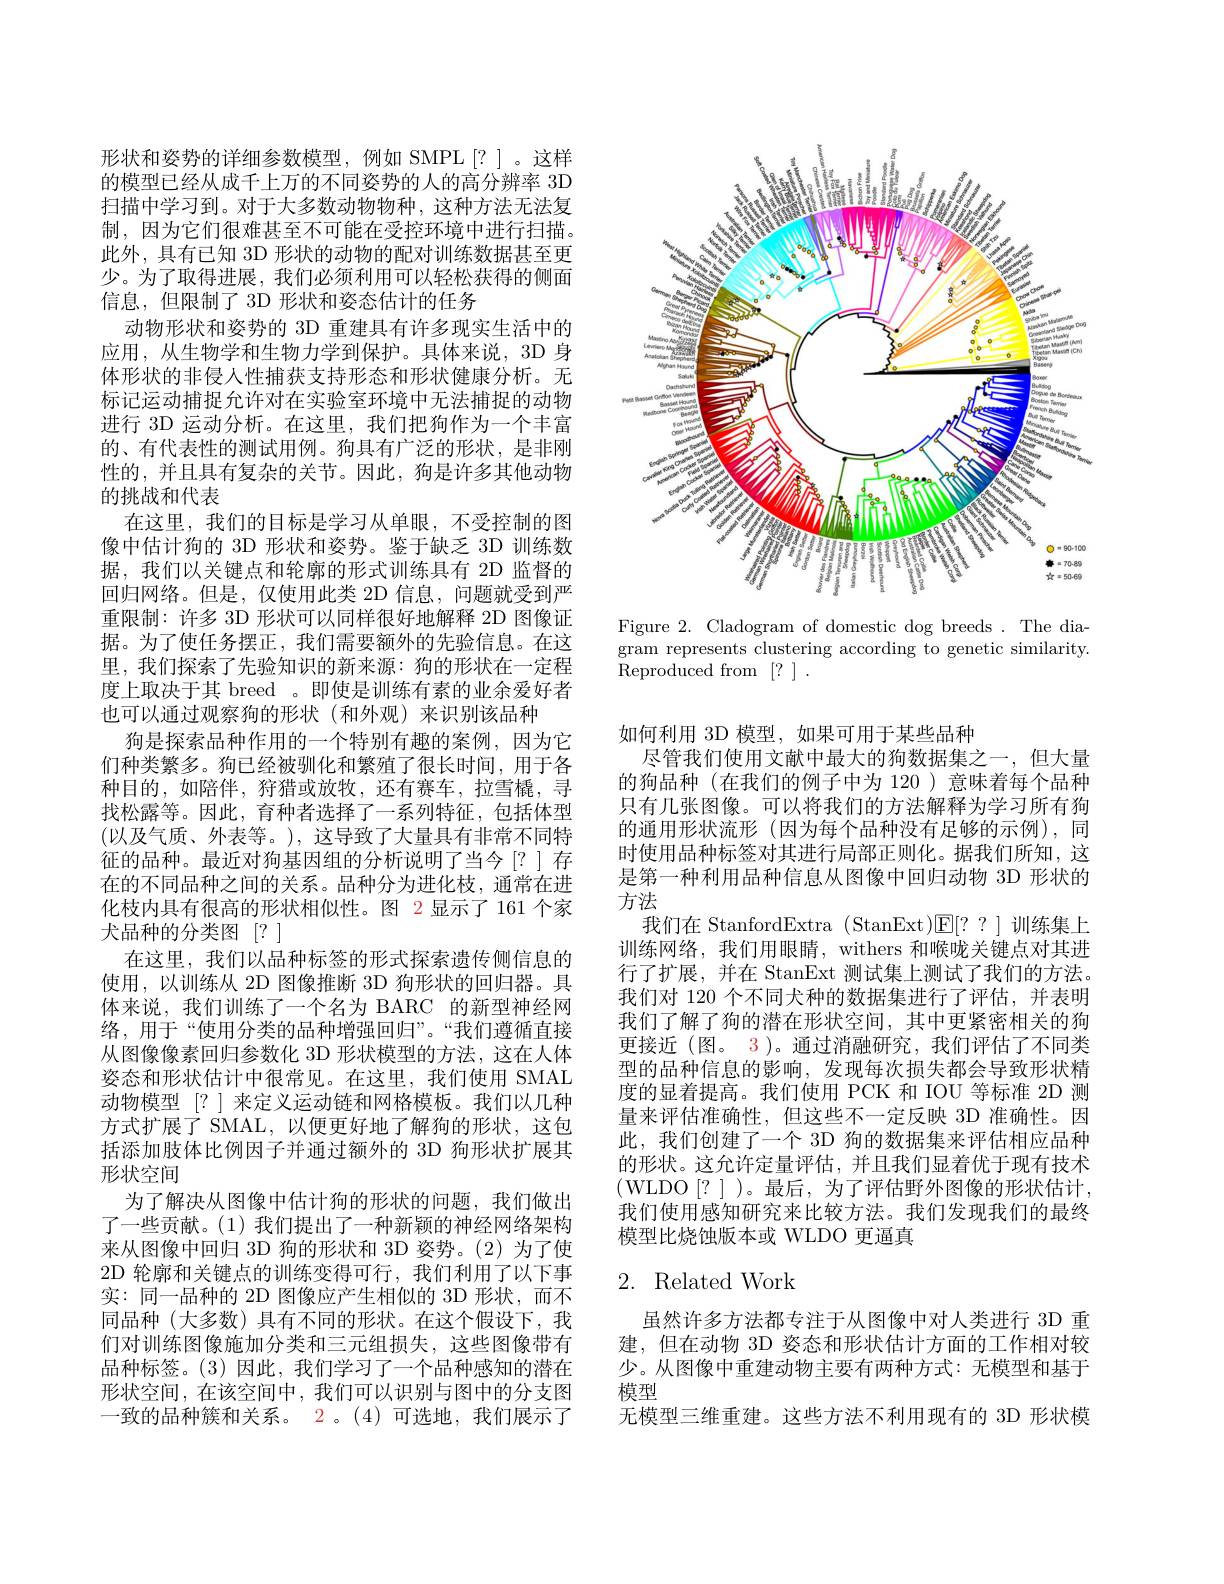
形状和姿势的详细参数模型，例如 SMPL[?]。这样的模型已经从成千上万的不同姿势的人的高分辨率 3D 扫描中学习到。对于大多数动物物种，这种方法无法复制，因为它们很难甚至不可能在受控环境中进行扫描。此外，具有已知 3D 形状的动物的配对训练数据甚至更少。为了取得进展，我们必须利用可以轻松获得的侧面信息，但限制了 3D 形状和姿态估计的任务
动物形状和姿势的 3D 重建具有许多现实生活中的应用，从生物学和生物力学到保护。具体来说，3D 身体形状的非侵人性捕获支持形态和形状健康分析。无标记运动捕捉允许对在实验室环境中无法捕捉的动物进行 3D 运动分析。在这里，我们把狗作为一个丰富的、有代表性的测试用例。狗具有广泛的形状，是非刚性的，并且具有复杂的关节。因此，狗是许多其他动物的挑战和代表
在这里，我们的目标是学习从单眼，不受控制的图像中估计狗的 3D 形状和姿势。鉴于缺乏 3D 训练数据，我们以关键点和轮廓的形式训练具有 2D 监督的回归网络。但是，仅使用此类 2D 信息，问题就受到严重限制：许多 3D 形状可以同样很好地解释 2D 图像证据。为了使任务摆正，我们需要额外的先验信息。在这里，我们探索了先验知识的新来源：狗的形状在一定程度上取决于其 breed 。即使是训练有素的业余爱好者也可以通过观察狗的形状(和外观)来识别该品种
狗是探索品种作用的一个特别有趣的案例，因为它们种类繁多。狗已经被驯化和繁殖了很长时间，用于各种目的，如陪伴，狩猎或放牧，还有赛车，拉雪橇，寻找松露等。因此，育种者选择了一系列特征，包括体型(以及气质、外表等。),这导致了大量具有非常不同特征的品种。最近对狗基因组的分析说明了当今[?]存在的不同品种之间的关系。品种分为进化枝，通常在进化枝内具有很高的形状相似性。图 2 显示了 161 个家犬品种的分类图[?]
在这里，我们以品种标签的形式探索遗传侧信息的使用，以训练从 2D 图像推断 3D 狗形状的回归器。具体来说，我们训练了一个名为 BARC 的新型神经网络，用于“使用分类的品种增强回归”。“我们遵循直接从图像像素回归参数化 3D 形状模型的方法，这在人体姿态和形状估计中很常见。在这里，我们使用 SMAL 动物模型[?] 来定义运动链和网格模板。我们以几种方式扩展了 SMAL, 以便更好地了解狗的形状，这包括添加肢体比例因子并通过额外的 3D 狗形状扩展其形状空间
为了解决从图像中估计狗的形状的问题，我们做出了一些贡献。(1)我们提出了一种新颖的神经网络架构来从图像中回归 3D 狗的形状和 3D 姿势。(2)为了使2D 轮廓和关键点的训练变得可行，我们利用了以下事实：同一品种的 2D 图像应产生相似的 3D 形状，而不同品种(大多数)具有不同的形状。在这个假设下，我们对训练图像施加分类和三元组损失，这些图像带有品种标签。(3)因此，我们学习了一个品种感知的潜在形状空间，在该空间中，我们可以识别与图中的分支图一致的品种簇和关系。2。(4)可选地，我们展示了

<FigureHere>

Figure 2. Cladogram of domestic dog breeds . The diagram represents clustering according to genetic similarity. $\tilde{\mathrm{Reproduced~from~[?~]~.}}$

如何利用 3D 模型，如果可用于某些品种
尽管我们使用文献中最大的狗数据集之一，但大量的狗品种(在我们的例子中为 120 )意味着每个品种只有几张图像。可以将我们的方法解释为学习所有狗的通用形状流形(因为每个品种没有足够的示例),同时使用品种标签对其进行局部正则化。据我们所知，这是第一种利用品种信息从图像中回归动物 3D 形状的方法
我们在 StanfordExtra (StanExt)$\mathsf{E}[??]$训练集上训练网络，我们用眼睛，withers 和喉咙关键点对其进行了扩展，并在 StanExt 测试集上测试了我们的方法。我们对 120 个不同犬种的数据集进行了评估，并表明我们了解了狗的潜在形状空间，其中更紧密相关的狗更接近 (图。3 )。通过消融研究，我们评估了不同类型的品种信息的影响，发现每次损失都会导致形状精度的显着提高。我们使用 PCK 和 IOU 等标准 2D 测量来评估准确性，但这些不一定反映 3D 准确性。因此，我们创建了一个 3D 狗的数据集来评估相应品种的形状。这允许定量评估，并且我们显着优于现有技术(WLDO[?])。最后，为了评估野外图像的形状估计， 我们使用感知研究来比较方法。我们发现我们的最终模型比烧蚀版本或 WLDO 更逼真

# 2. Related Work

虽然许多方法都专注于从图像中对人类进行 3D 重建，但在动物 3D 姿态和形状估计方面的工作相对较少。从图像中重建动物主要有两种方式：无模型和基于模型
无模型三维重建。这些方法不利用现有的 3D 形状模